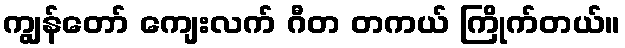
ကျွန်တော် ကျေးလက် ဂီတ တကယ် ကြိုက်တယ်။